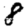
Digit: 8